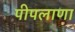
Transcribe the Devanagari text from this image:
पीपलाणा